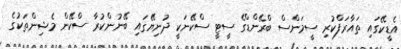
އެޑީކޭގައި ތައާރަފްކުރި ސީމަންސް ބްރޭންޑްގެ ސީޓީ ސްކޭނަކީ ދުނިޔޭގައި ބޭނުންކުރާ ސްކޭން މެޝިންތަކުގެ